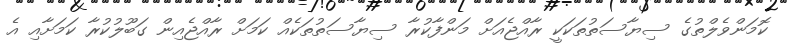
ކޮމަންވެލްތުގެ ސިޔާސަތުތަކަކީ ރާއްޖެއަށް މަންފާކުރާ ސިޔާސަތުތަކެއް ކަމަށް ރާއްޖެއިން ގަބޫލުކުރާ ކަމަށާއި އެ